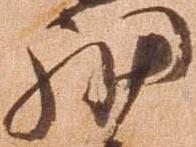
細